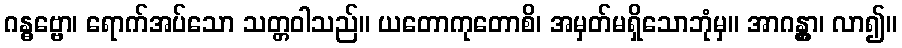
ဂန္ဓဗ္ဗော၊ ရောက်အပ်သော သတ္တဝါသည်။ ယတောကုတောစိ၊ အမှတ်မရှိသောဘုံမှ။ အာဂန္တွာ၊ လာ၍။